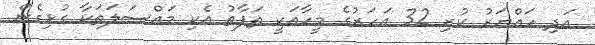
އަދި ހައްޔަރު ކުރި 32 އަހަރުގެ މީހާއަކީ ތަފާތު އެކި މައްސަލަތަކާ ގުޅިގެން